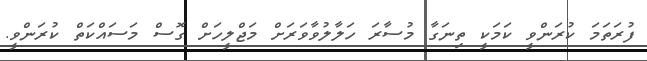
ފުރަތަމަ ކުރަންވީ ކަމަކީ ތިނަގާ މުސާރަ ހަލާލުވާވަރަށް މަޖްލީހަށް ގޮސް މަސައްކަތް ކުރަންވީ.